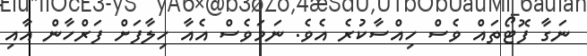
ނަގާ ފޮޓޯތައް ވެސް ހިއްސާކުރެ އެވެ. ނަމަވެސް އެއާ ހިލާފަށް ފަރްހާން އާއި